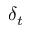
\delta _ { t }